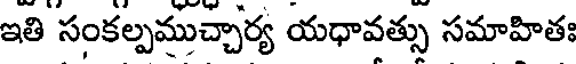
ఇతి సంకల్పముచ్చార్య యధావత్సు సమాహితః